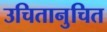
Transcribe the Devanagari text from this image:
उचितानुचित